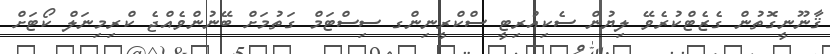
ޤާނޫނީގޮތުން ގެޒެޓްކުރެވޭ ލިޔުން ސެކިއުރިޓީ ސްކްރީނިންގ ސިސްޓަމް ގަތުމަށް ބޭނުންވެއްޖެ ކްރިމިނަލް ކޯޓަށް